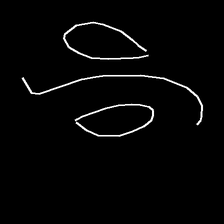
Glyph: water